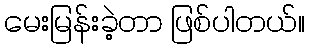
မေးမြန်းခဲ့တာ ဖြစ်ပါတယ်။